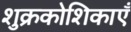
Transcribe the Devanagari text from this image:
शुक्रकोशिकाएँ